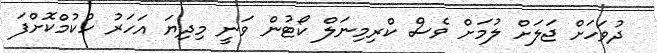
ދުވަހަށް ޖަލަށް ލުމަށް ވެސް ކްރިމިނަލް ކޯޓުން ވަނީ މިދިޔަ އަހަރު ހުކުމްކޮށްފަ